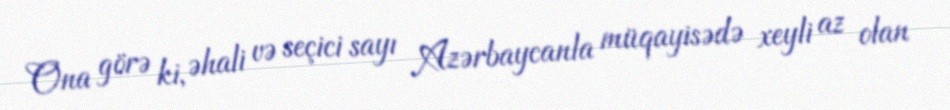
Ona görə ki, əhali və seçici sayı Azərbaycanla müqayisədə xeyli az olan